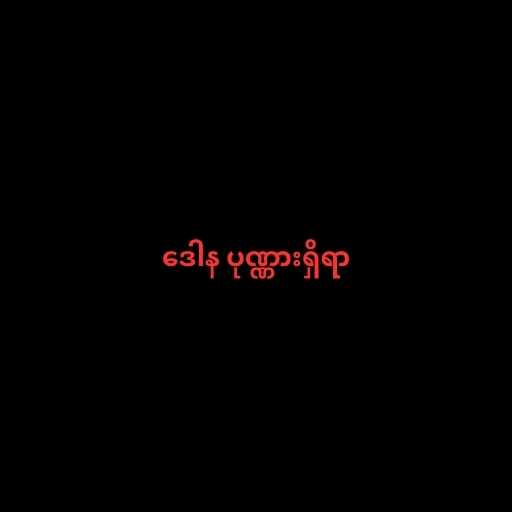
ဒေါန ပုဏ္ဏားရှိရာ